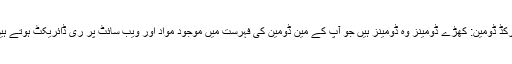
پارکڈ ڈومین: کھڑے ڈومینز وہ ڈومینز ہیں جو آپ کے مین ڈومین کی فہرست میں موجود مواد اور ویب سائٹ پر ری ڈائریکٹ ہوتے ہیں۔